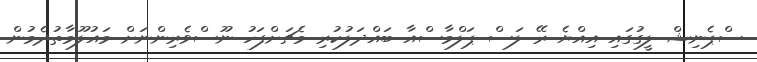
ސްޕެނިޝް ލީގުގައި އިއްޔެ ރޭ ލަސް ޕަލްމާސްއާ ބައްދަލުކުރި މެޗަށްފަހު ނޫސްވެރިންނަށް މައުލޫމާތުދެމުން